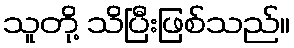
သူတို့ သိပြီးဖြစ်သည်။